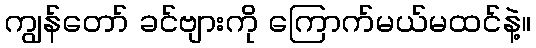
ကျွန်တော် ခင်ဗျားကို ကြောက်မယ်မထင်နဲ့။